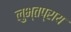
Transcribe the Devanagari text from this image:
लुभ्तप्राय